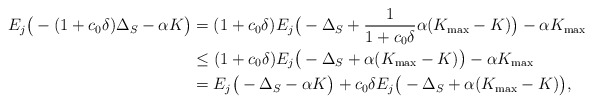
\begin{align*}E_j\big( -(1+c_{0}\delta)\Delta_S-\alpha K \big)&=(1+c_{0}\delta)E_{j}\big( -\Delta_S+\frac{1}{1+c_{0}\delta}\alpha (K_{\max}-K) \big)-\alpha K_{\max}\\ & \leq(1+c_{0}\delta)E_{j}\big( -\Delta_S+\alpha (K_{\max}-K) \big)-\alpha K_{\max}\\ &=E_{j}\big( -\Delta_S-\alpha K \big)+c_{0}\delta E_{j}\big(-\Delta_S+\alpha (K_{\max}-K)\big),\end{align*}